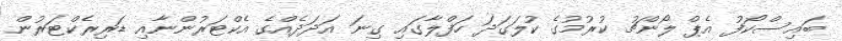
ބައިސްކޯފު އެޕް ލޯންޗު ކުރުމުގެ ކުލަގަދަ ހަފްލާގައި ގިނަ އަދަދެއްގެ އެކްޓަރުންނާއި ޑަރިރެކްޓަރުން